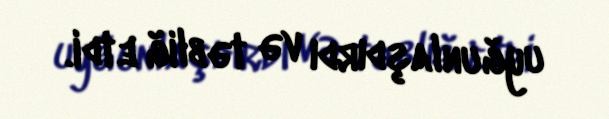
uyğunlaşdırdı və təbliğ etdi.